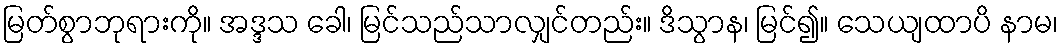
မြတ်စွာဘုရားကို။ အဒ္ဒသ ခေါ၊ မြင်သည်သာလျှင်တည်း။ ဒိသွာန၊ မြင်၍။ သေယျထာပိ နာမ၊